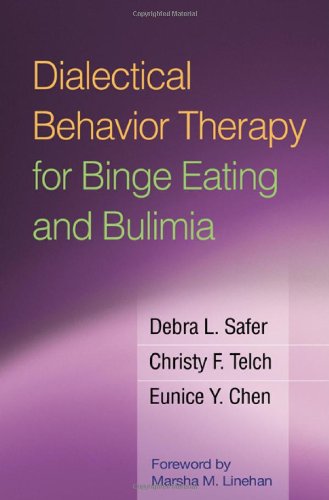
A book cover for Dialectical Behavior Therapy for Binge Eating and Bulimia; Debra L. Safer; Self-Help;